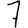
Digit: 7